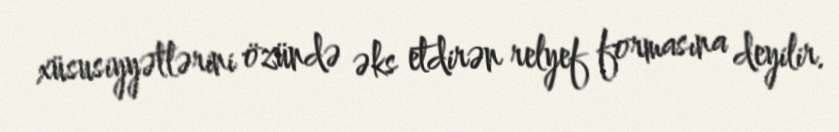
xüsusiyyətlərini özündə əks etdirən relyef formasına deyilir.